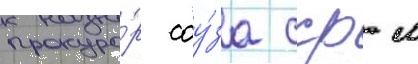
прокуро́р соу́за сср м